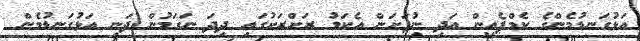
އަޅުގަނޑުމެންގެ ކެމްޕެއިން އަދި ނުފަށަން އެކަމު ރަށްރަށުގައި ދިދަ ނަގަމުން ދަނީ އަޅުގަނޑުމެން